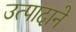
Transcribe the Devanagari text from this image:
उत्पादाने